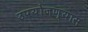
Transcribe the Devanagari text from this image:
उपयोजण्यास